Report on horse surra - Volume II, Part II
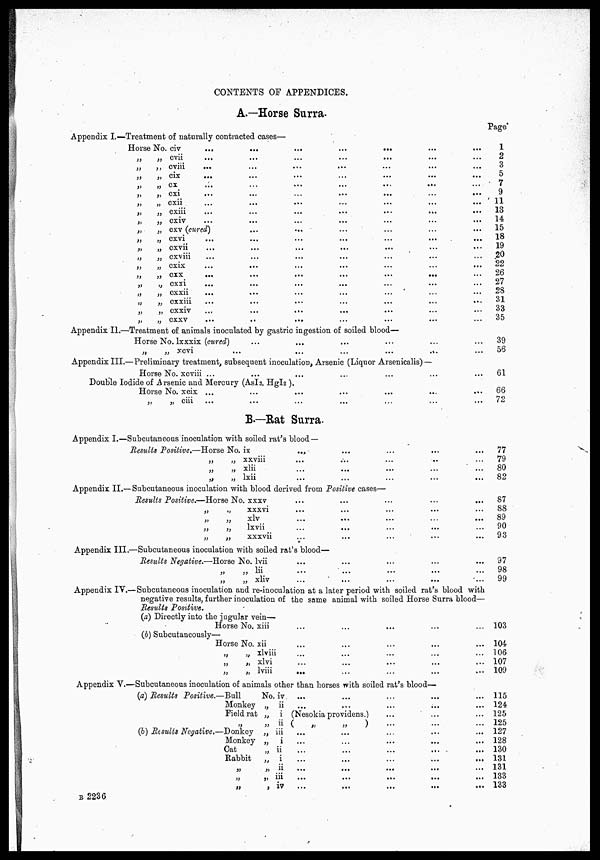
CONTENTS OF APPENDICES.
A.—Horse Surra.
Appendix I.—Treatment of naturally contracted cases—
Horse No. civ
...
...
...
...
...
...
...
„
„ cvii ... ... ... ... ... ... ...
„
„ cviii ... ... ... ... ... ... ...
„ „ cix ... ... ... ... ... ... ...
„ „ cx ... ... ... ... ... ... ...
„ „ cxi ... ... ... ... ... ... ...
„
„ cxii ... ... ... ... ... ... ...
„
„ cxiii ... ... ... ... ... ... ...
„
„ cxiv ... ... ... ... ... ... ...
„ „ cxv (cured) ... ... ... ... ... ... ...
„
„ cxvi ... ... ... ... ... ... ...
„ „ cxvii ... ... ... ... ... ... ...
„ „ cxviii ... ... ... ... ... ... ...
„ „ cxix ... ... ... ... ... ... ...
„ „ cxx ... ... ... ... ... ... ...
„ „ cxxi ... ... ... ... ... ... ...
„
„ cxxii ... ... ... ... ... ... ...
„ „ cxxiii ... ... ... ... ... ... ...
„
„ cxxiv ... ... ... ... ... ... ...
„
„ cxxv ... ... ... ... ... ... ...
Page
1
2
3
5
7
9
11
13
14
15
18
19
20
22
26
27
28
31
33
35
Appendix 11.—Treatment of animals inoculated by gastric ingestion of soiled blood—
Horse No. lxxxix (cured)
„
„
xcvi
Appendix III.—Preliminary treatment, subsequent inoculation, Arsenic (Liquor Arsenicalis) —
Horse No. xcviii ...
Double Iodide of Arsenic and Mercury (AsI 3 , HgI 2 ).
Horse No. xcix ...
„
„ ciii
...
...
39
...
56
...
61
...
66
...
12
B.—Rat Surra.
Appendix I.—Subcutaneous inoculation with, soiled rat's
blood —
Results Positive.—Horse No.
ix...
...
...
......
„
„ xxviii...
...
...
..
„
„ xlii...
...
...
......
„
„ lxii...
......
Appendix II.— Subcutaneous inoculation with blood derived from Positive cases—
Results Positive.—Horse No. x x x v . . .
...
...
......
„
„
xxxvi...
...
...
...
„ „ xlv...
...
...
..
„
„
lxvii
...
...
...
.....
„
„
xxxvii.....
77
79
80
82
87
88
89
90
93
Appendix III.—Subcutaneous inoculation with soiled rat's blood—
Results Negative.—Horse No. Ivii...
...
...
...
„ „ lii...
...
...
......
„
„
xliv......
Appendix IV.—Subcutaneous inoculation and re-inoculation at a later period with soiled rat's blood with
negative results, further inoculation of the same animal with soiled Horse Surra blood—
Results Positive.
(a) Directly into the jugular vein—
Horse No. xiii...
...
...
...
(b) Subcutaneously—
Horse No. xii...
...
...
.....
„
„
xlviii....
. .
„
„ xlvi...
...
...
...
„
„
lviii...
...
...
......
Appendix V.—Subcutaneous inoculation of animals other than horses with soiled rat's blood—
(a) Results Positive.—Bull
No. iv...
...
...
...
Monkey „ ii...
...
...
..
Field rat „ i(Nesokia providens.)
„
„
ii(
„
„
)
....
..
(b) Results Negative.—Donkey
„
iii...
Monkey „ i...
......
Cat
„ ii...
...
...
...
Rabbit „ i...
...
...
...
„ „ ii...
...
...
...
„
„
„...
...
...
...
„ „ iv...
...
...
...
B
2236
97
98
99
103
104
106
107
109
115
124
125
125
127
128
130
131
131
133
133